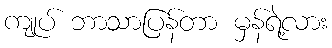
ကျုပ် ဘာသာပြန်တာ မှန်ရဲ့လား